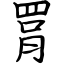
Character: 罥